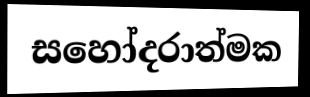
සහෝදරාත්මක